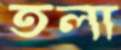
তলা